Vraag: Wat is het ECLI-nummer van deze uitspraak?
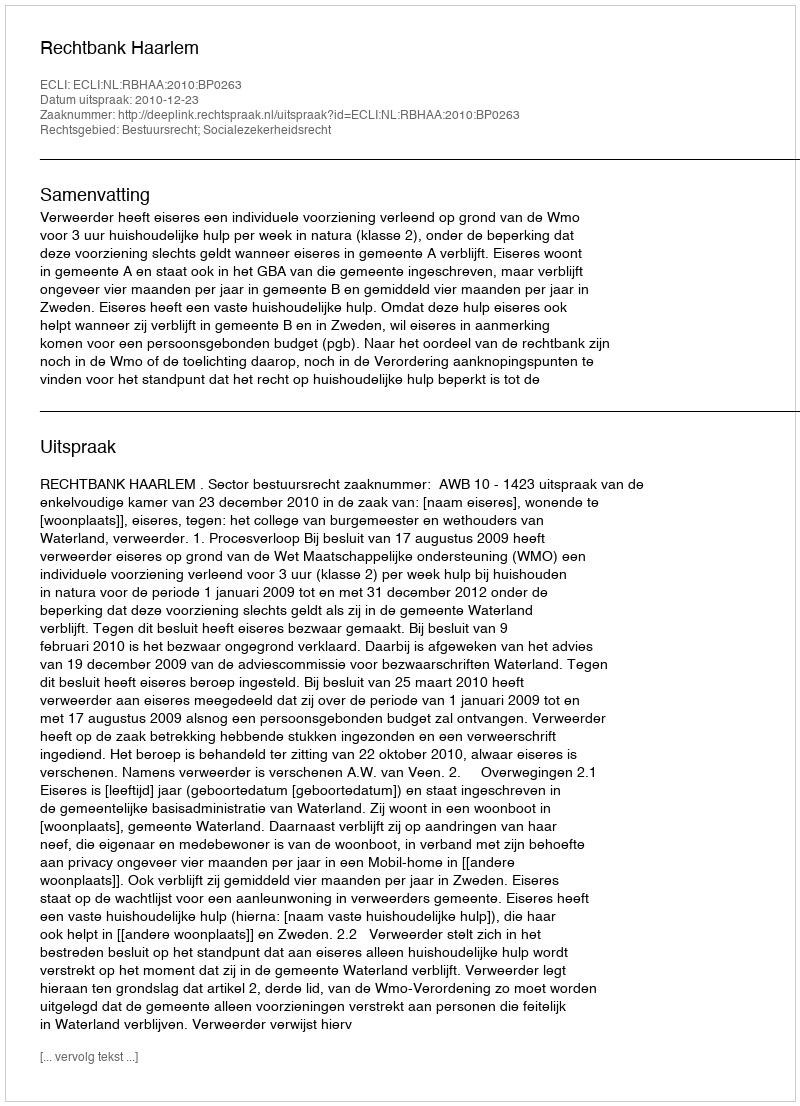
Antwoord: ECLI:NL:RBHAA:2010:BP0263